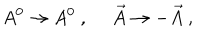
A ^ { 0 } \rightarrow A ^ { 0 } ~ , ~ ~ \vec { A } \rightarrow - \vec { A } ~ ,